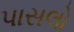
પાસલો